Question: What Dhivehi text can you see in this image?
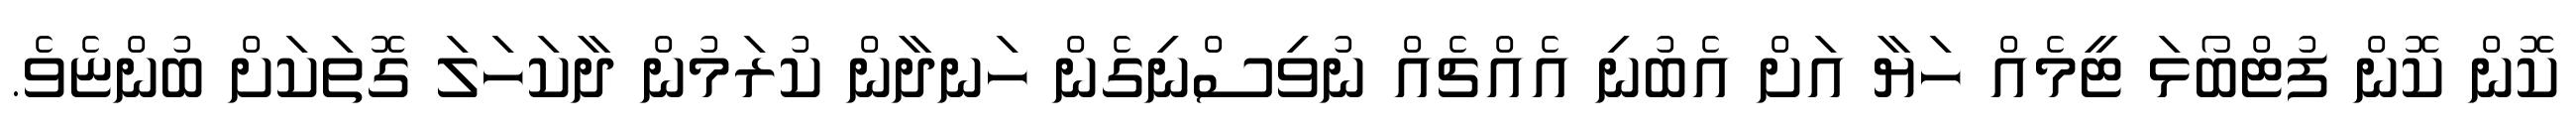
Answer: ކޮން ކޮން ފުޓްބޯޅަ ޓީމެއް ހަޔާ އަށް އެބުނި އެއްޗެއް ނުވިސްނިގެން ހަނދާން ކުރަމުން ދާކަހަލަ ގޮތަކަށް ބުންޏެވެ.